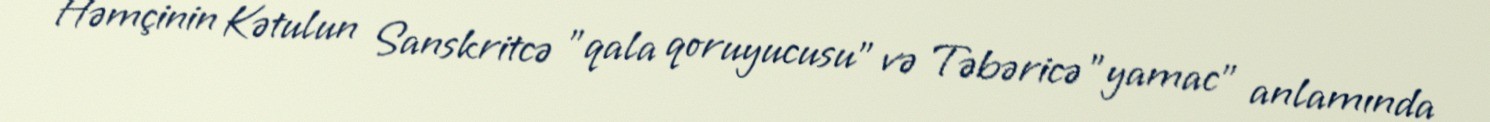
Həmçinin Kətulun Sanskritcə "qala qoruyucusu" və Təbəricə "yamac" anlamında